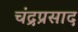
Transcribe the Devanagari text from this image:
चंद्रप्रसाद